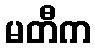
မတီက